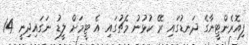
ފިއޮރެންޓީނާގެ ދަނޑުގައި ރޭ ކުޅުނު މެޗުގައި އެ ޓީމަށް ލީޑު ނަގައިދިނީ 14